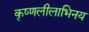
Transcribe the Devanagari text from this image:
कृष्णलीलाभिनय